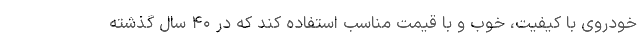
خودروی با کیفیت، خوب و با قیمت مناسب استفاده کند که در ۴۰ سال گذشته